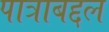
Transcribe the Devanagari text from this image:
पात्राबद्दल